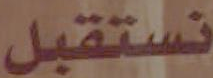
نستقبل